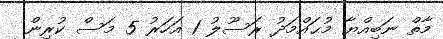
މާތް ނަބިއްޔާ މުޙައްމަދު ރަސޫލު 1 އަހަރު 5 މަސް ކުރިން